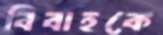
বিবাহকে